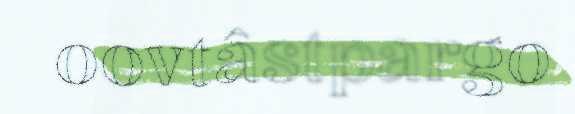
oovtâstpargo